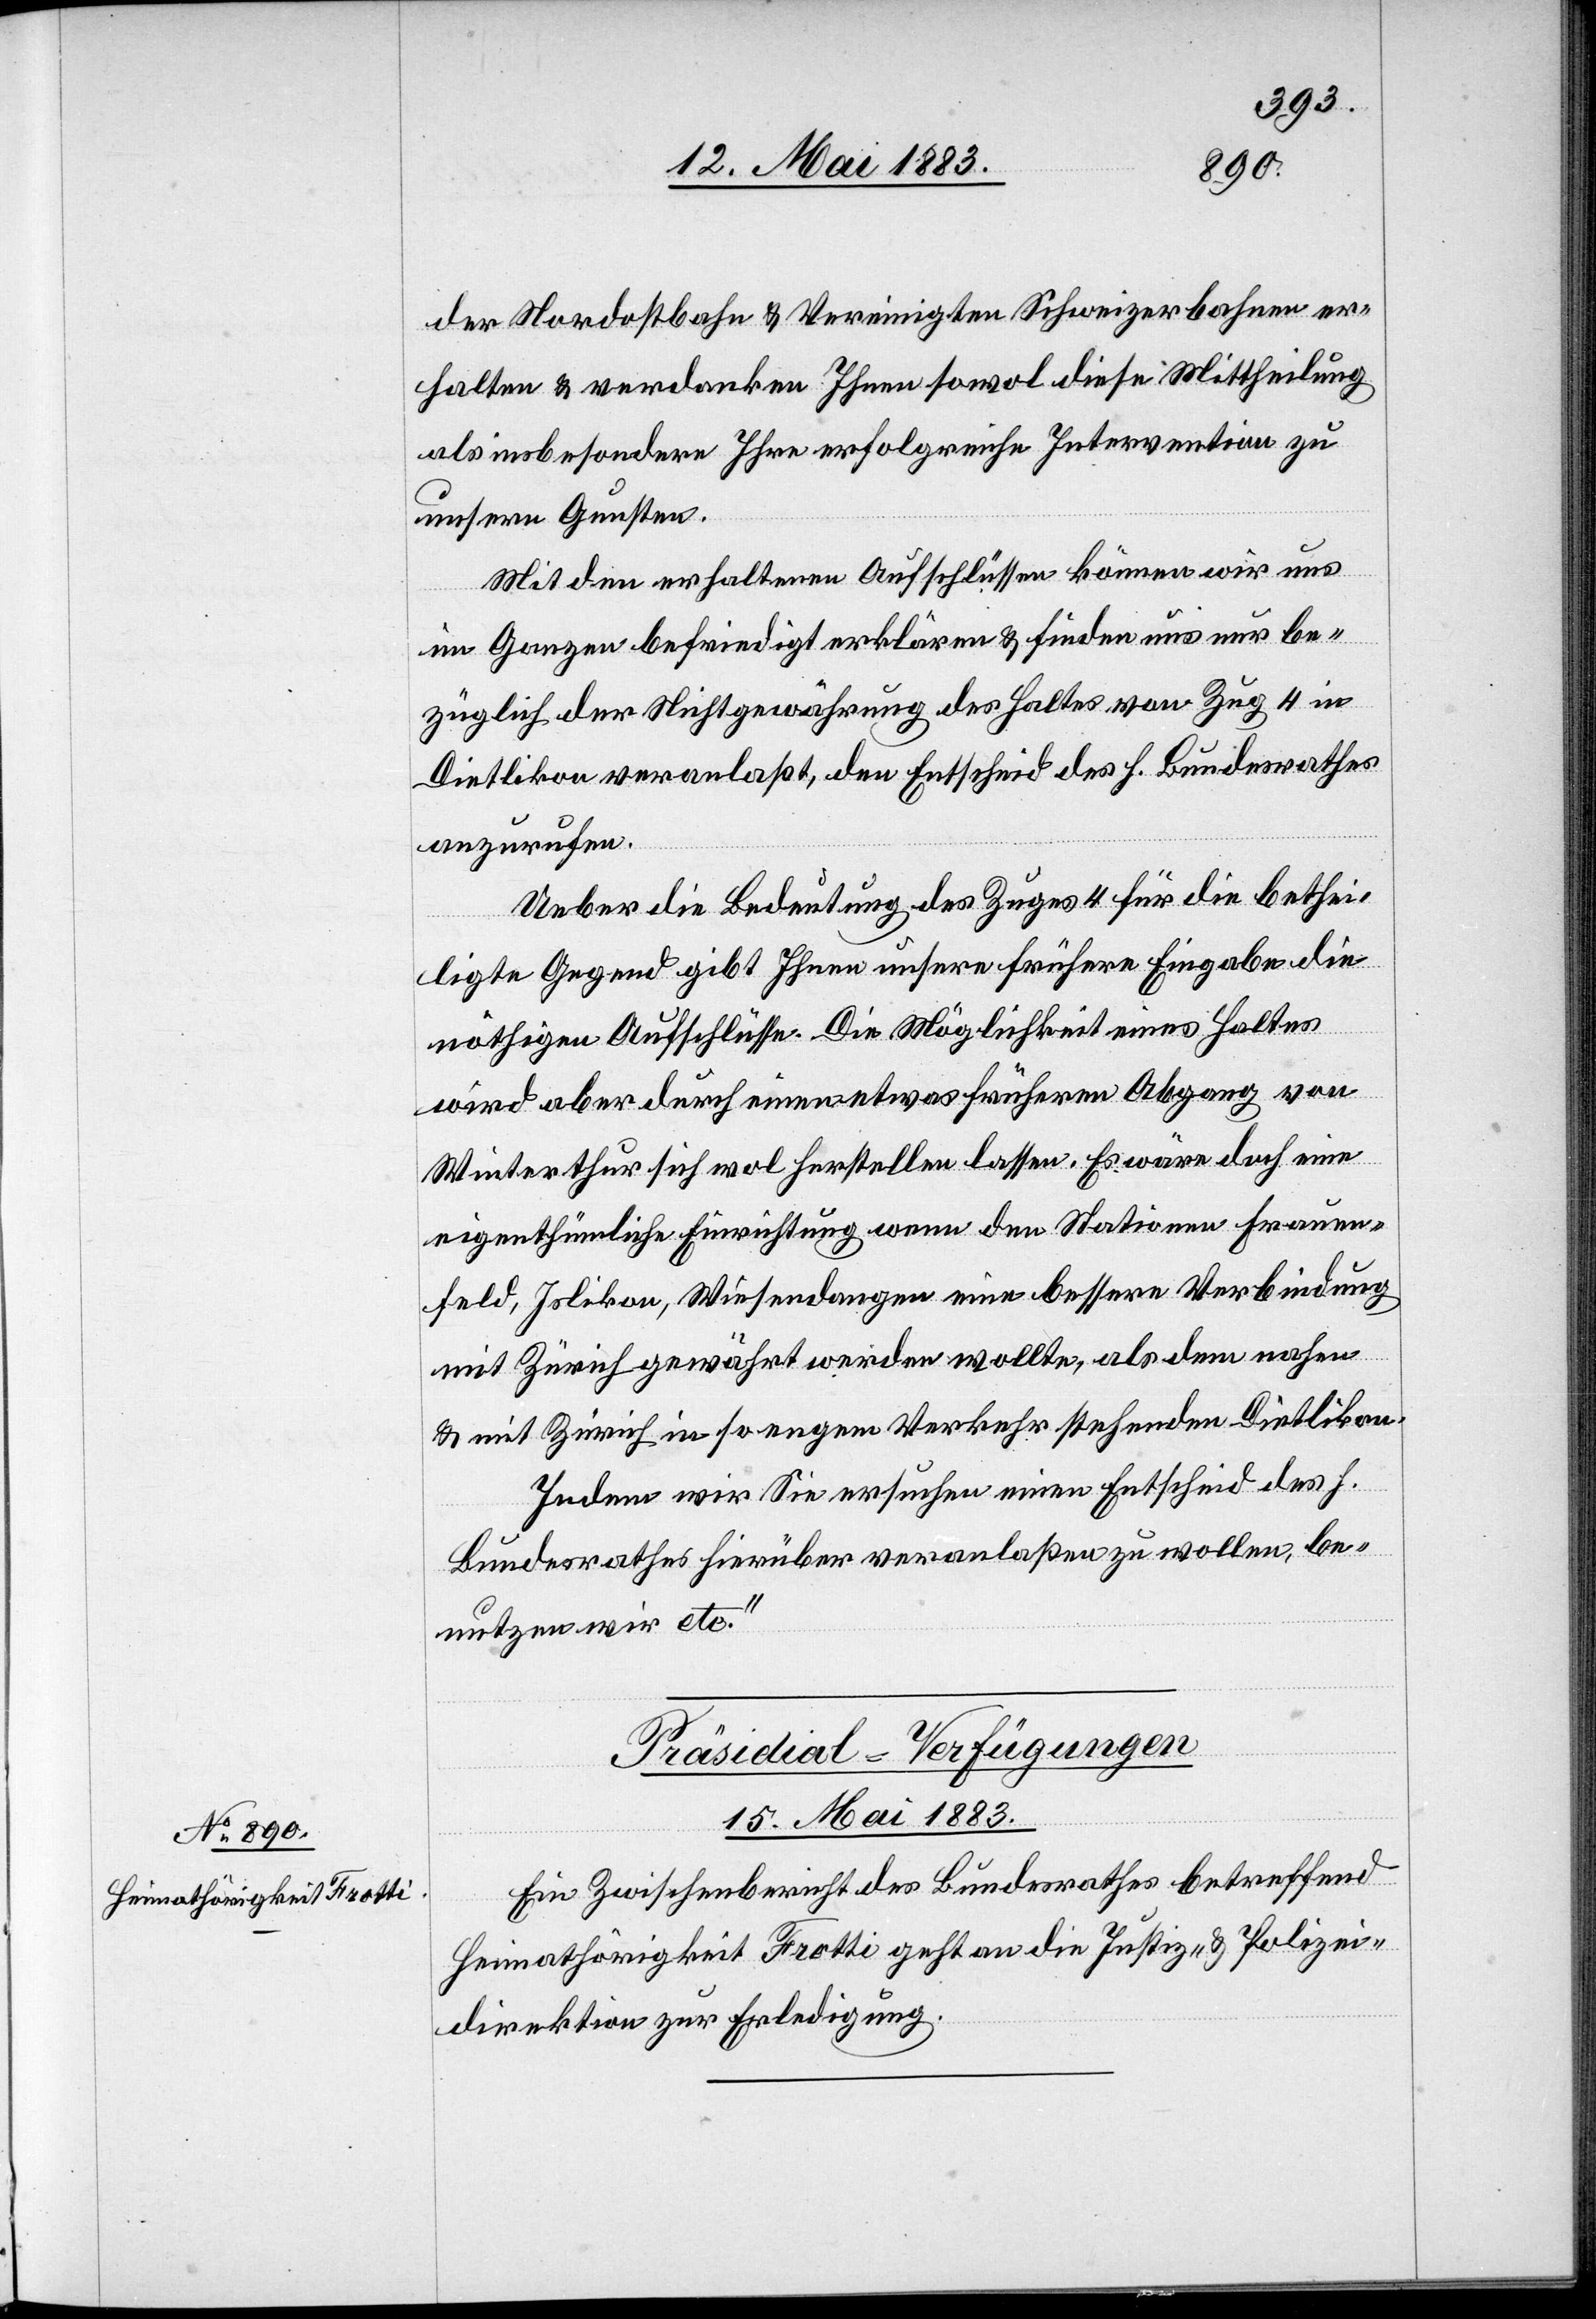
der Nordostbahn & Vereinigten Schweizerbahnen er¬
halten & verdanken Ihnen sowol diese Mittheilung
als insbesondere Ihre erfolgreiche Intervention zu
unsern Gunsten.
Mit dem erhaltenen Aufschlüssen können wir uns
im Ganzen befriedigt erklären & finden uns nur be¬
züglich der Nichtgewährung des Haltes von Zug 4 in
Dietlikon veranlaßt, den Entscheid des h. Bundesrath
anzusuchen.
Ueber die Bedeutung des Zuges 4 für die bethei¬
ligte Gegend gibt Ihnen unsere frühere Eingabe die
nöthigen Aufschlüsse. Die Möglichkeit eines Haltes
wird aber durch einen etwas früheren Abgang von
Winterthur sich wol herstellen lassen. Es wäre doch eine
eigenthümliche Einrichtung wenn den Stationen Frauen¬
feld, Islikon, Wiesendangen eine bessere Verbindung
mit Zürich gewährt werden wollte, als dem nahen
& mit Zürich in so engem Verkehr stehenden Dietlikon.
Indem wir Sie ersuchen einen Entscheid des h.
Bundesrathes hierüber veranlaßen zu wollen, be¬
nutzen wir etc.“
Präsidial-Verfügungen
15. Mai 1883.
Ein Zwischenbericht des Bundesrathes betreffend
Heimathörigkeit Frotti geht an die Justiz- & Polizei¬
direktion zur Erledigung.